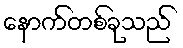
နောက်တစ်ခုသည်